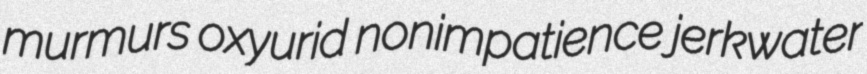
murmurs oxyurid nonimpatience jerkwater